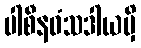
ပါစီနဝံသဒါယမှိ